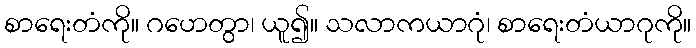
စာရေးတံကို။ ဂဟေတွာ၊ ယူ၍။ သလာကယာဂုံ၊ စာရေးတံယာဂုကို။